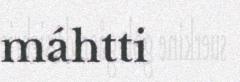
máhtti